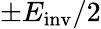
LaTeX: \pm E_{\mathrm{inv}}/2